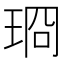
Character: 𪻣